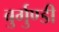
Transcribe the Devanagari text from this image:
बुर्गुण्डी